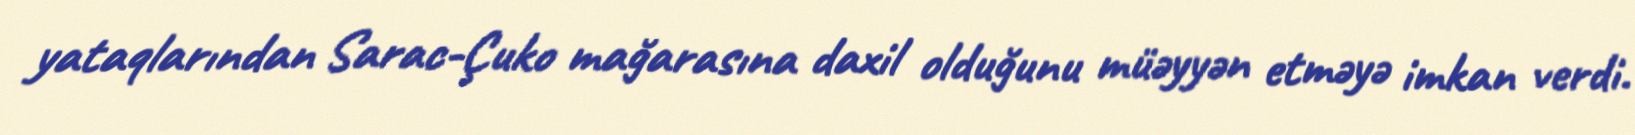
yataqlarından Sarac-Çuko mağarasına daxil olduğunu müəyyən etməyə imkan verdi.